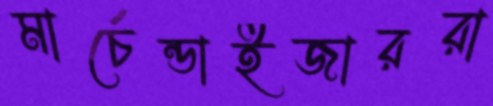
মার্চেন্ডাইজাররা